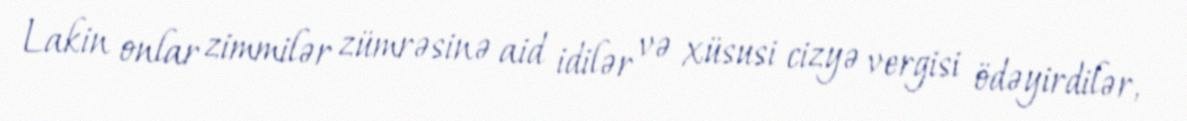
Lakin onlar zimmilər zümrəsinə aid idilər və xüsusi cizyə vergisi ödəyirdilər,